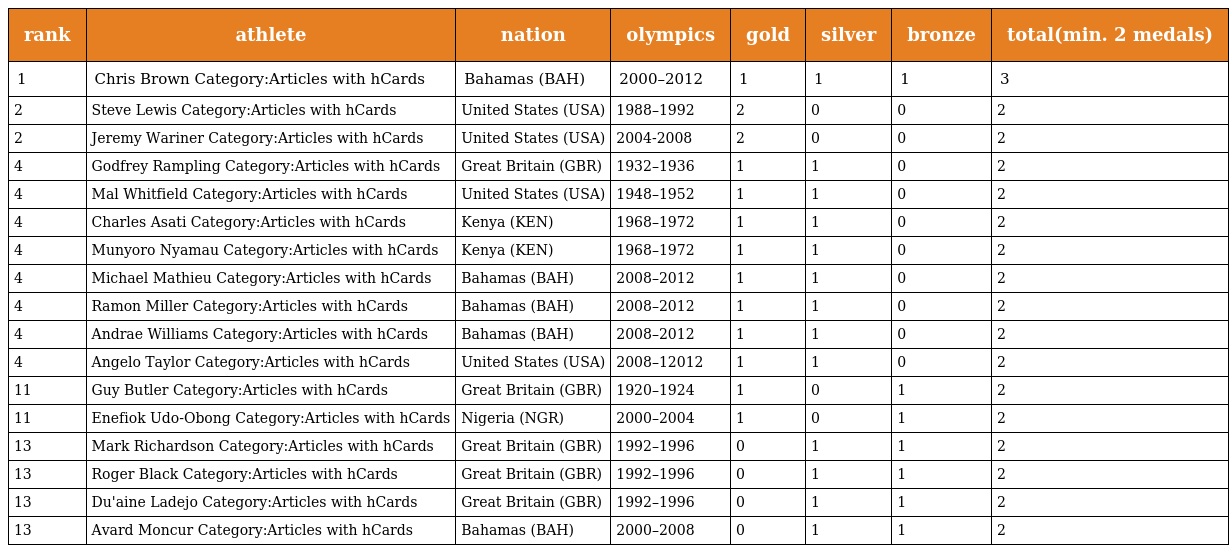
| rank | athlete | nation | olympics | gold | silver | bronze | total(min. 2 medals) |
 | --- | --- | --- | --- | --- | --- | --- | --- |
 | 1 | Chris Brown Category:Articles with hCards | Bahamas (BAH) | 2000–2012 | 1 | 1 | 1 | 3 |
 | 2 | Steve Lewis Category:Articles with hCards | United States (USA) | 1988–1992 | 2 | 0 | 0 | 2 |
 | 2 | Jeremy Wariner Category:Articles with hCards | United States (USA) | 2004-2008 | 2 | 0 | 0 | 2 |
 | 4 | Godfrey Rampling Category:Articles with hCards | Great Britain (GBR) | 1932–1936 | 1 | 1 | 0 | 2 |
 | 4 | Mal Whitfield Category:Articles with hCards | United States (USA) | 1948–1952 | 1 | 1 | 0 | 2 |
 | 4 | Charles Asati Category:Articles with hCards | Kenya (KEN) | 1968–1972 | 1 | 1 | 0 | 2 |
 | 4 | Munyoro Nyamau Category:Articles with hCards | Kenya (KEN) | 1968–1972 | 1 | 1 | 0 | 2 |
 | 4 | Michael Mathieu Category:Articles with hCards | Bahamas (BAH) | 2008–2012 | 1 | 1 | 0 | 2 |
 | 4 | Ramon Miller Category:Articles with hCards | Bahamas (BAH) | 2008–2012 | 1 | 1 | 0 | 2 |
 | 4 | Andrae Williams Category:Articles with hCards | Bahamas (BAH) | 2008–2012 | 1 | 1 | 0 | 2 |
 | 4 | Angelo Taylor Category:Articles with hCards | United States (USA) | 2008–12012 | 1 | 1 | 0 | 2 |
 | 11 | Guy Butler Category:Articles with hCards | Great Britain (GBR) | 1920–1924 | 1 | 0 | 1 | 2 |
 | 11 | Enefiok Udo-Obong Category:Articles with hCards | Nigeria (NGR) | 2000–2004 | 1 | 0 | 1 | 2 |
 | 13 | Mark Richardson Category:Articles with hCards | Great Britain (GBR) | 1992–1996 | 0 | 1 | 1 | 2 |
 | 13 | Roger Black Category:Articles with hCards | Great Britain (GBR) | 1992–1996 | 0 | 1 | 1 | 2 |
 | 13 | Du'aine Ladejo Category:Articles with hCards | Great Britain (GBR) | 1992–1996 | 0 | 1 | 1 | 2 |
 | 13 | Avard Moncur Category:Articles with hCards | Bahamas (BAH) | 2000–2008 | 0 | 1 | 1 | 2 |